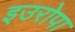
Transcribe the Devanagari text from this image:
इउरोपा